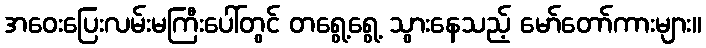
အဝေးပြေးလမ်းမကြီးပေါ်တွင် တရွေ့ရွေ့ သွားနေသည့် မော်တော်ကားများ။